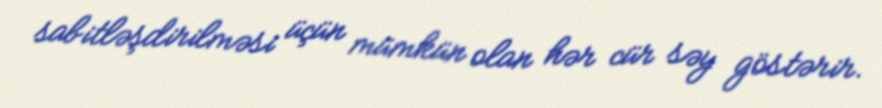
sabitləşdirilməsi üçün mümkün olan hər cür səy göstərir.